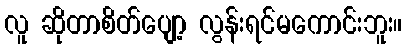
လူ ဆိုတာစိတ်ပျော့ လွန်းရင်မကောင်းဘူး။